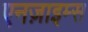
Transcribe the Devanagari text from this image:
एनज़ाइम्स